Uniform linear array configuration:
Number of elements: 64
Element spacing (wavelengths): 0.25
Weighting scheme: blackman
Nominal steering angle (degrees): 60
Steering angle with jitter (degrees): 58.04
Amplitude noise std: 0.05
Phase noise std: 0.05

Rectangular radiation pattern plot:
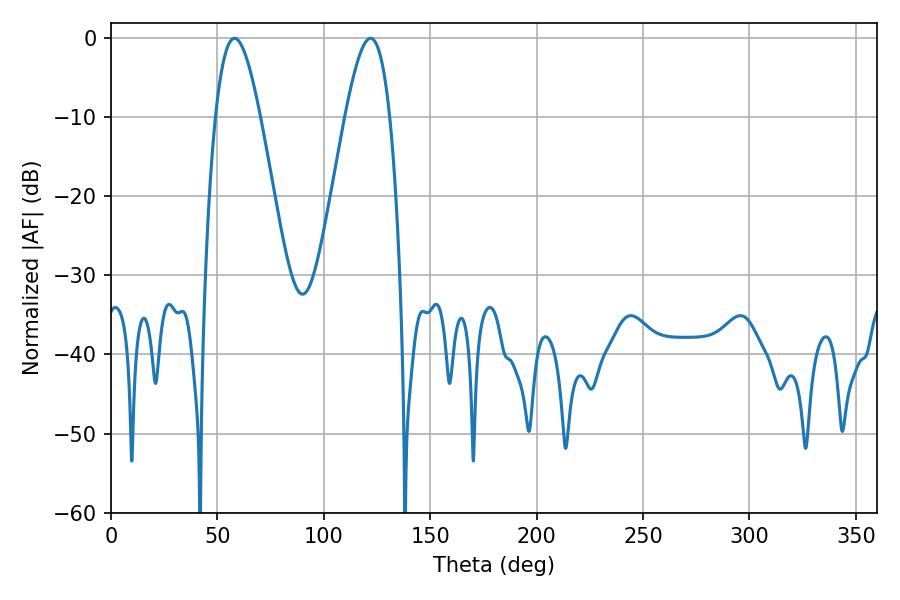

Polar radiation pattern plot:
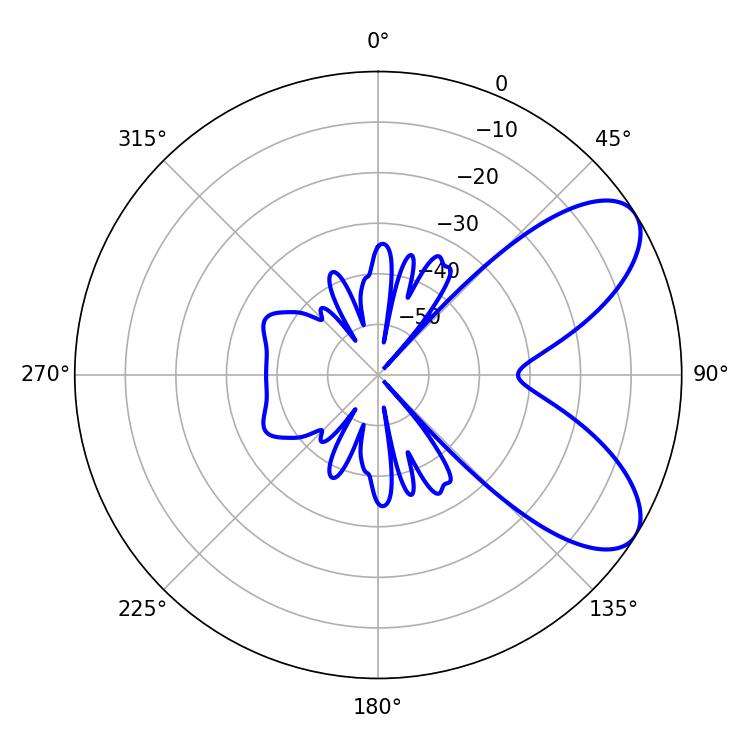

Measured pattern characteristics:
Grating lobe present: FALSE
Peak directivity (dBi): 7.349
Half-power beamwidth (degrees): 11.34
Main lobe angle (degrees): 57.96